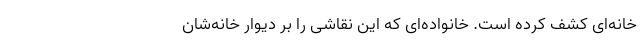
خانه‌ای کشف کرده است. خانواده‌ای که این نقاشی را بر دیوار خانه‌شان